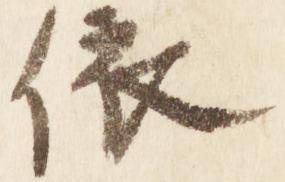
依